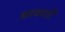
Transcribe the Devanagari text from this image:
अटकाती